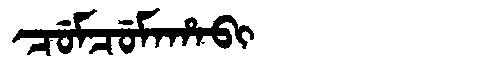
Manchu: ᠴᡠᠮᠴᡠᠮᠠᡥᠠᠪᡳ
Romanization: CUMCUMAHABI